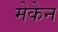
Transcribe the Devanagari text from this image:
मेकेन